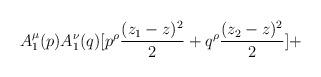
LaTeX: \begin{align*}A_1^\mu (p)A_1^\nu (q)[p ^\rho {(z_1-z)^2\over 2}+q ^\rho {(z_2-z)^2\over 2}]+\end{align*}